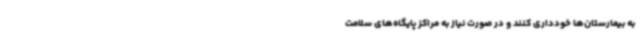
به بیمارستان‌ها خودداری کنند و در صورت نیاز به مراکز پایگاه‌های سلامت